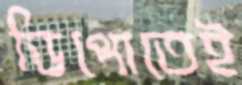
ডিপোতেই